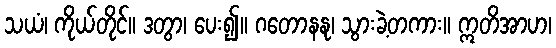
သယံ၊ ကိုယ်တိုင်။ ဒတွာ၊ ပေး၍။ ဂတောနနု၊ သွားခဲ့တကား။ ဣတိအာဟ၊